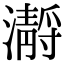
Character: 𤂅